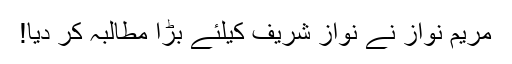
مریم نواز نے نواز شریف کیلئے بڑا مطالبہ کر دیا!